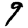
Digit: 9